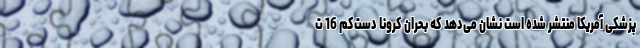
پزشکی آمریکا منتشر شده است نشان می‌دهد که بحران کرونا دست‌کم 16 ت